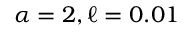
\alpha = 2 , \ell = 0 . 0 1